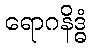
ရောဂနိဒ္ဓံ